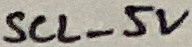
Text: SCL_5V